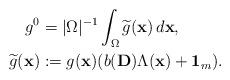
LaTeX: \begin{align*}g^0 &= | \Omega |^{-1} \int_{\Omega} \widetilde{g} (\mathbf{x}) \, d \mathbf{x},\\\widetilde{g} (\mathbf{x}) &:= g(\mathbf{x})( b(\mathbf{D}) \Lambda (\mathbf{x}) + \mathbf{1}_m).\end{align*}